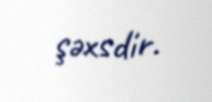
şəxsdir.